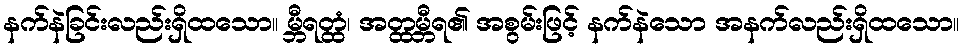
နက်နဲခြင်းလည်းရှိထသော။ မ္ဘီရတ္ထံ၊ အတ္ထမ္ဘီရ၏ အစွမ်းဖြင့် နက်နဲသော အနက်လည်းရှိထသော။